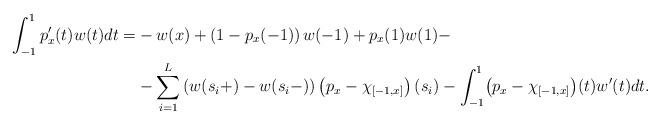
LaTeX: \begin{align*}\int_{-1}^1p_x'(t)w(t)dt=&-w(x)+\left(1-p_x(-1)\right)w(-1)+p_x(1)w(1)-\\&-\sum_{i=1}^L\left(w(s_i+)-w(s_i-)\right)\left(p_x-\chi_{[-1,x]}\right)(s_i)-\int_{-1}^1\bigl(p_x-\chi_{[-1,x]}\bigr)(t)w'(t)dt.\end{align*}